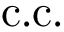
\mathrm { { c . c . } }